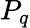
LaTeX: P_{q}